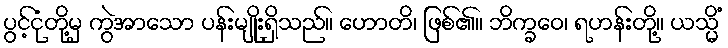
ပွင့်ငုံတို့မှ ကွဲအာသော ပန်းမျိုးရှိသည်။ ဟောတိ၊ ဖြစ်၏။ ဘိက္ခဝေ၊ ရဟန်းတို့။ ယသ္မိံ